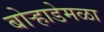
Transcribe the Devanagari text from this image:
बोऱ्हाडेमळा